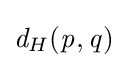
{\mathit {d}}_{H}({\mathit {p}},{\mathit {q}})